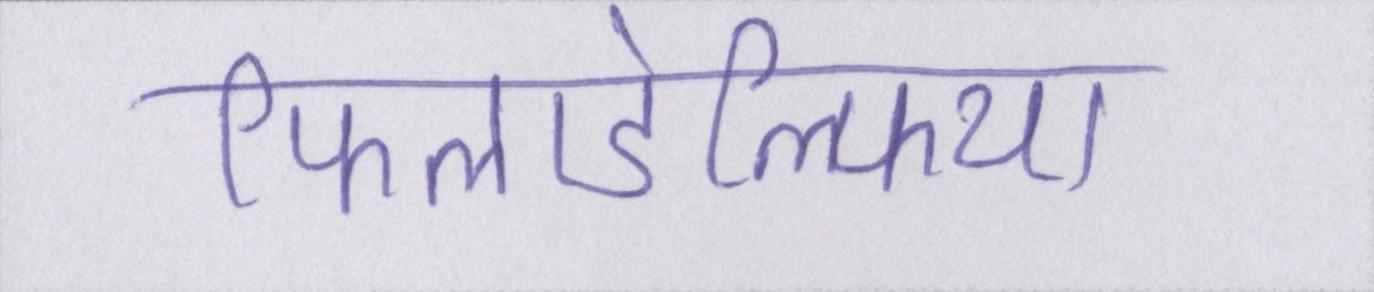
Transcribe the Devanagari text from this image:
फिलाडेल्फिया